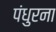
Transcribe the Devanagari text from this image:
पंधुरना